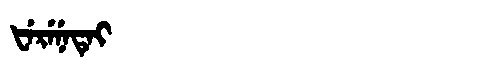
Manchu: ᡶᡝᡵᡝᠨᡝᡨᡝᡳ
Romanization: FERENETEI